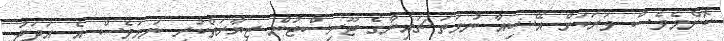
ކޮންމެވެސް ވަރަކަށް އޭޝިއާ ނުވަތަ ޗައިނާގެ ޓޫރިސްޓުން ޒިޔާރަތްކުރި ނަމަވެސް އެ އަދަދު